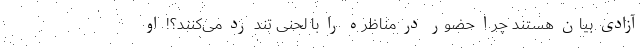
آزادی بیان هستند چرا حضور در مناظره را با لحنی تند رد می‌کنند؟! او